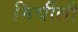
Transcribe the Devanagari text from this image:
मिर्चीली